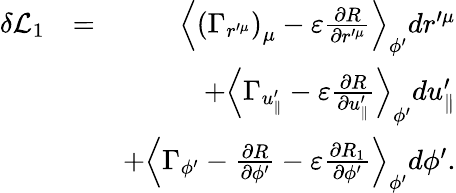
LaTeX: \begin{array}{rlr}{\delta\mathcal{L}_{1}}&{=}&{\left\langle\left(\Gamma_{r^{\prime\mu}}\right)_{\mu}-\varepsilon\frac{\partial R}{\partial r^{\prime\mu}}\right\rangle_{\phi^{\prime}}dr^{\prime\mu}}\\ &{}&{+\left\langle\Gamma_{u_{\parallel}^{\prime}}-\varepsilon\frac{\partial R}{\partial u_{\parallel}^{\prime}}\right\rangle_{\phi^{\prime}}du_{\parallel}^{\prime}}\\ &{}&{+\left\langle\Gamma_{\phi^{\prime}}-\frac{\partial R}{\partial\phi^{\prime}}-\varepsilon\frac{\partial R_{1}}{\partial\phi^{\prime}}\right\rangle_{\phi^{\prime}}d\phi^{\prime}.}\end{array}